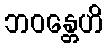
ဘဝန္တေဟိ